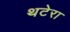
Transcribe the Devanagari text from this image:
थटेरा